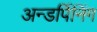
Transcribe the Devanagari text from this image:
अन्डर्पिनिंग